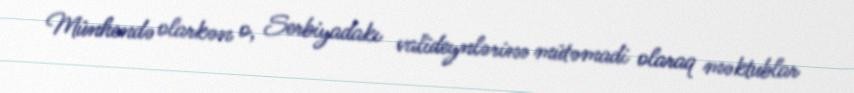
Münhendə olarkən o, Serbiyadakı valideynlərinə mütəmadi olaraq məktublar